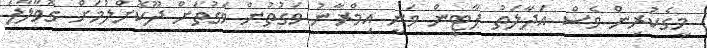
މީގެކުރިން ވެސް އަދާލަތު ޕާޓީން ވަނީ އިމްރާނު ވަގުތުން ވަގުތަށް ދޫކޮށްލުމަށް ގޮވާލާފަ